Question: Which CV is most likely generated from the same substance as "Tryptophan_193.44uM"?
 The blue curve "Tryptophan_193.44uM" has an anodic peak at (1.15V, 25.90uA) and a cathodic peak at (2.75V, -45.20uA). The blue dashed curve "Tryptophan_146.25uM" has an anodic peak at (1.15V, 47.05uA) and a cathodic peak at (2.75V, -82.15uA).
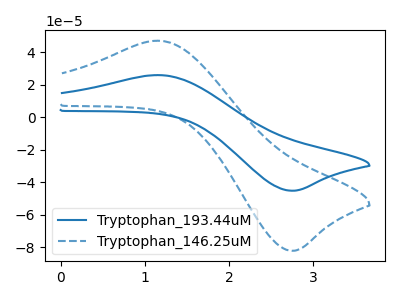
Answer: <think>All the peaks in "Tryptophan_193.44uM" have a peak in "Tryptophan_146.25uM" at the same potential. Every peak in "Tryptophan_193.44uM" is lower than every peak in "Tryptophan_146.25uM".
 </think>
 <answer>The CV with the most similar shape to "Tryptophan_146.25uM" is "Tryptophan_193.44uM".</answer>
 <eval>"Tryptophan_193.44uM"</eval>